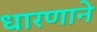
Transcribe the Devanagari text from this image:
धारणाने